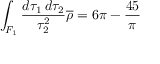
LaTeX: \int _ { { \cal F } _ { 1 } } \frac { d \tau _ { 1 } \, d \tau _ { 2 } } { \tau _ { 2 } ^ { 2 } } \overline { { { \rho } } } = 6 \pi - \frac { 4 5 } { \pi }